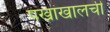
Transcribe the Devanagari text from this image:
पंखांखालची